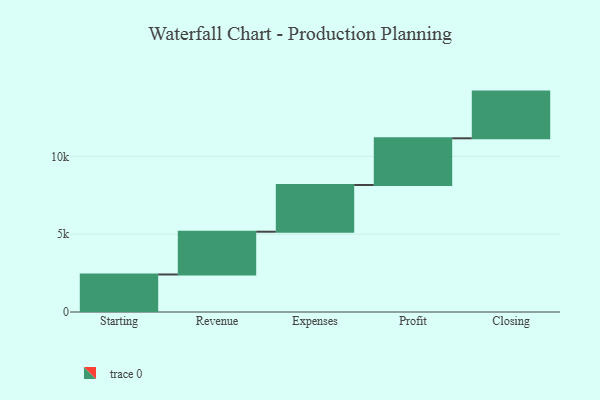
{"axis": {"x": "Step", "y": "Value"}, "legend": [""], "data": [{"x": "Starting", "y": 2410.0, "type": ""}, {"x": "Revenue", "y": 2747.0, "type": ""}, {"x": "Expenses", "y": 3000, "type": ""}, {"x": "Profit", "y": 3000, "type": ""}, {"x": "Closing", "y": 3000, "type": ""}]}